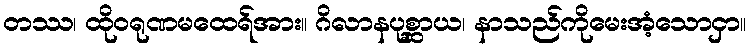
တဿ၊ ထိုဝရုဏမထေရ်အား။ ဂိလာနပုစ္ဆာယ၊ နာသည်ကိုမေးအံ့သောငှာ။